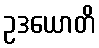
ဥဒယောတိ